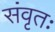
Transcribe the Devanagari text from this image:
संवृतः